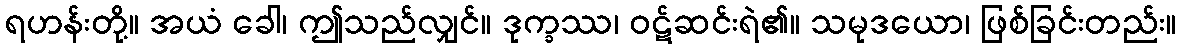
ရဟန်းတို့။ အယံ ခေါ၊ ဤသည်လျှင်။ ဒုက္ခဿ၊ ဝဋ်ဆင်းရဲ၏။ သမုဒယော၊ ဖြစ်ခြင်းတည်း။